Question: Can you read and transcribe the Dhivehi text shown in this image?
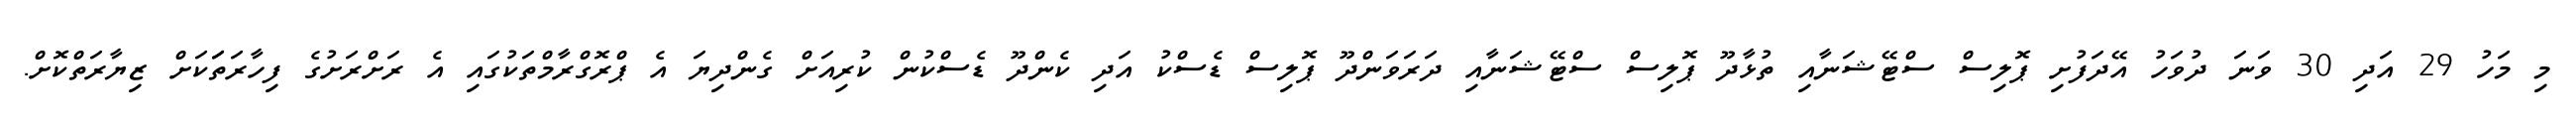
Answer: މި މަހު 29 އަދި 30 ވަނަ ދުވަހު އޭދަފުށި ޕޮލިސް ސްޓޭޝަނާއި ތުޅާދޫ ޕޮލިސް ސްޓޭޝަނާއި ދަރަވަންދޫ ޕޮލިސް ޑެސްކު އަދި ކެންދޫ ޑެސްކުން ކުރިއަށް ގެންދިޔަ އެ ޕްރޮގްރާމްތަކުގައި އެ ރަށްރަށުގެ ފިހާރަތަަކަށް ޒިޔާރަތްކޮށް.